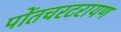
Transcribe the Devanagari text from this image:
पोंतचरटरायण